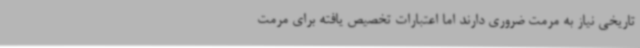
تاریخی نیاز به مرمت ضروری دارند اما اعتبارات تخصیص یافته برای مرمت